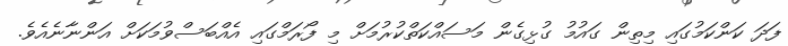
ފަދަ ކަންކަމުގައި މިތިން ގައުމު ގުޅިގެން މަސައްކަތްކުރުމަށް މި ފޯރަމްގައި އެއްބަސްވުމަކަށް އަންނާނެއެވެ.